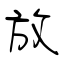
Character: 放